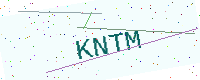
Text: KNTM